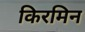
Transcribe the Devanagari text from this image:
किरमिन